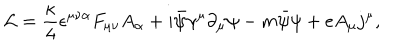
{ \cal L } = { \frac { \kappa } { 4 } } \epsilon ^ { \mu \nu \alpha } F _ { \mu \nu } A _ { \alpha } + i \bar { \psi } { \gamma } ^ { \mu } { \partial } _ { \mu } \psi - m \bar { \psi } \psi + e A _ { \mu } j ^ { \mu } ,